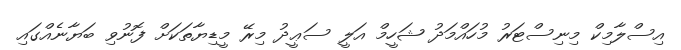
އިސްލާމިކް މިނިސްޓަރު މުހައްމަދު ޝަހީމް އަލީ ސަޢީދު މިރޭ މީޑިޔާތަކަށް ފޮނުވި ބަޔާނެއްގައި